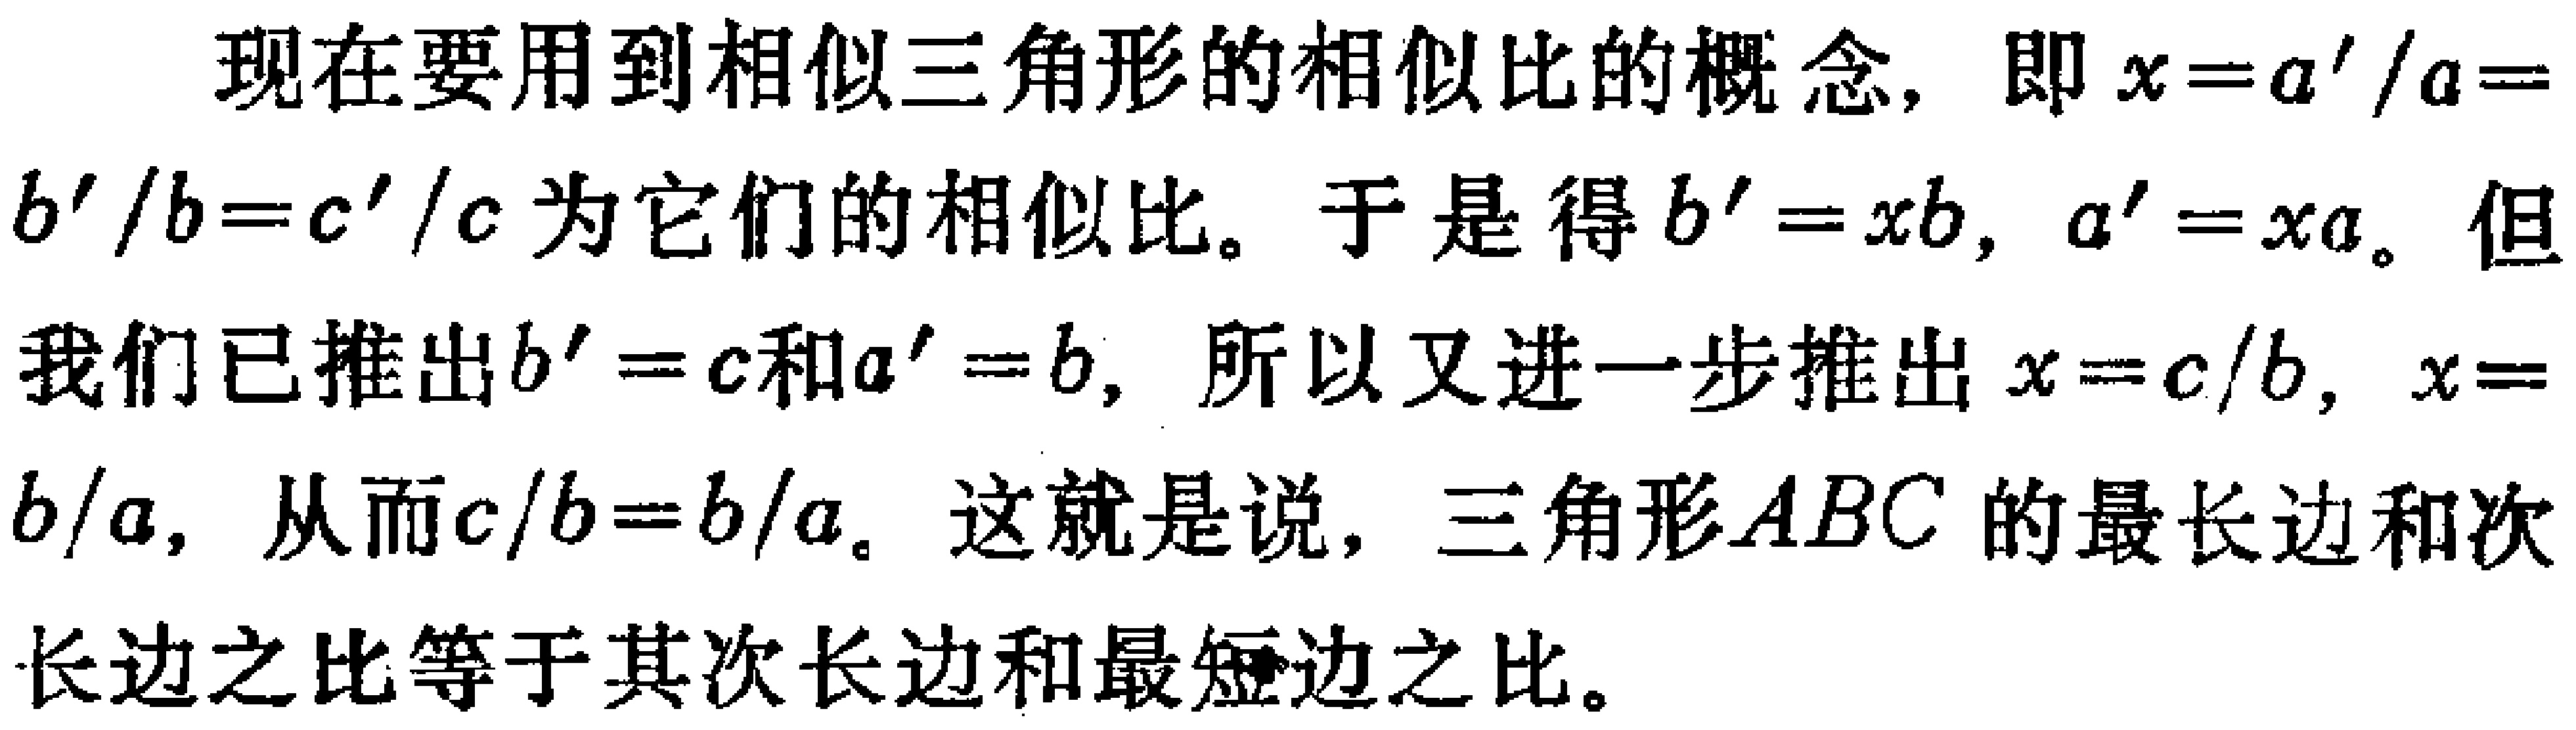
现在要用到相似三角形的相似比的概念，即\(x = a'/a = b'/b = c'/c\)为它们的相似比。于是得\(b' = xb\)，\(a' = xa\)。但我们已推出\(b' = c\)和\(a' = b\)，所以又进一步推出\(x = c/b\)，\(x = b/a\)，从而\(c/b = b/a\)。这就是说，三角形\(ABC\)的最长边和次长边之比等于其次长边和最短边之比。